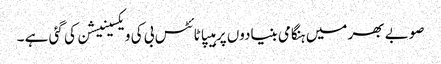
صوبے بھر میں ہنگامی بنیادوں پر ہیپاٹائٹس بی کی ویکسینیشن کی گئی ہے ۔